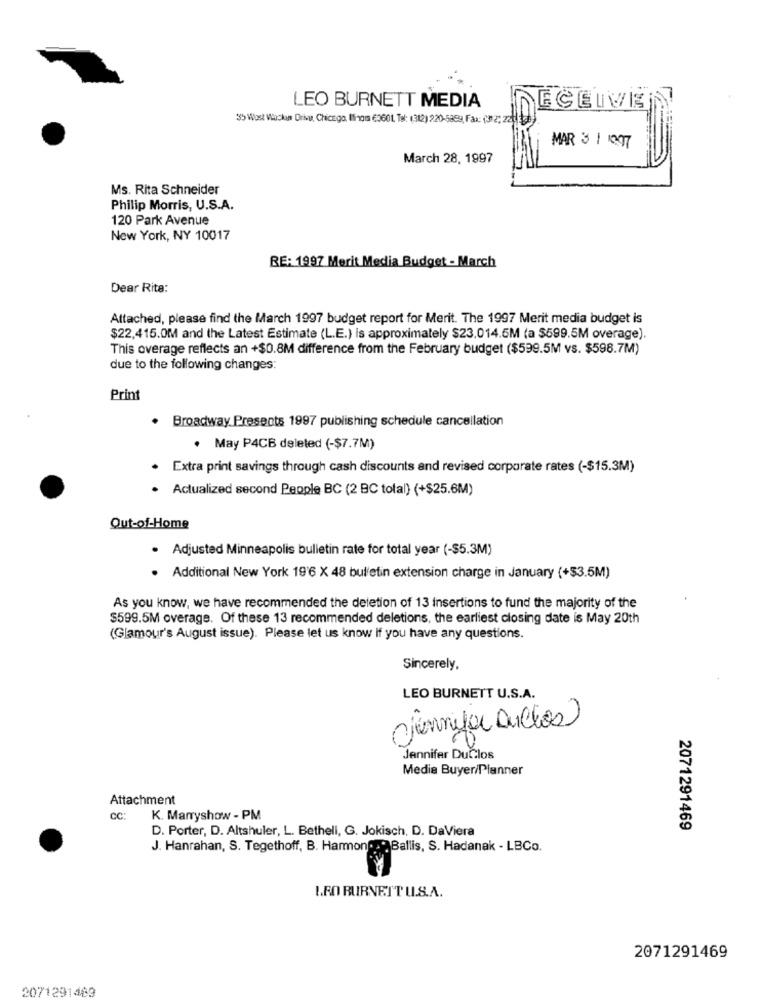
LEO BURNETT MEDIA
ECEIVE
35 Wost Wackum Drive, Chicago, lings €3601. Tel: (312) 920-5989, Fax: (3 2; 221)
MAR 3 1 1097
March 28, 1997
Ms. Rita Schneider
Philip Morris, U.S.A.
120 Park Avenue
New York, NY 10017
RE: 1997 Merit Media Budget - March
Dear Rita:
Attached, please find the March 1997 budget report for Merit. The 1997 Merit media budget is
$22,415.0M and the Latest Estimate (L.E.) is approximately $23,014.5M (a $599.5M overage).
This overage reflects an +$0.8M difference from the February budget ($599.5M vs. $598.7M)
due to the following changes:
Print
. Broadway Presents 1997 publishing schedule cancellation
. May P4CB deleted (-$7.7M)
Extra print savings through cash discounts and revised corporate rates (-$15.3M)
Actualized second People BC (2 BC total) (+$25.6M)
Out-of-Home
. Adjusted Minneapolis bulletin rate for total year (-$5.3M)
. Additional New York 19'6 X 48 bulletin extension charge in January (+$3.5M)
As you know, we have recommended the deletion of 13 insertions to fund the majority of the
$599.5M overage. Of these 13 recommended deletions, the earliest closing date is May 20th
(Glamour's August issue). Please let us know if you have any questions.
Sincerely,
LEO BURNETT U.S.A.
jennifer Duchos)
Jennifer DuČ.los
Media Buyer/Planner
Attachment
CC:
K. Marryshow - PM
D. Porter, D. Altshuler, L. Betheli, G. Jokisch, D. DaViera
2071291469
J. Hanrahan, S. Tegethoff, B. HammondBallis, S. Hadanak - LBCo.
LEO BURNETT U.S.A.
2071291469
2071291469